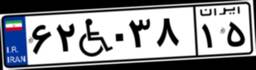
۸۹W۳۱۳۶۱